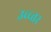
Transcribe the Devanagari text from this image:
उच्च्त्तर